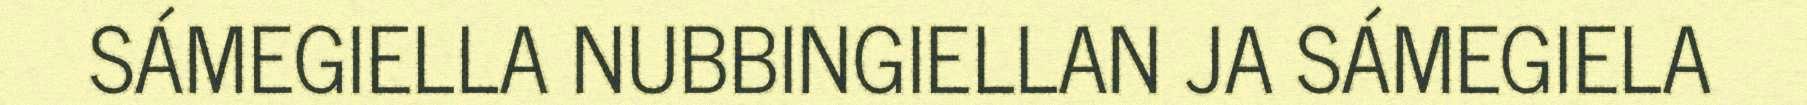
SÁMEGIELLA NUBBINGIELLAN JA SÁMEGIELA